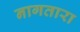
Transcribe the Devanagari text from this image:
नागतारा